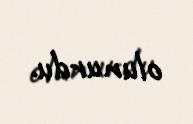
olunurdu.